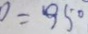
0 = 9 5 0